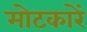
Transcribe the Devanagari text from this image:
मोटकारें